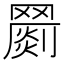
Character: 𦌞